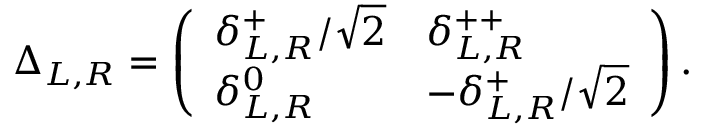
\Delta _ { L , R } = \left( \begin{array} { l l } { { \delta _ { L , R } ^ { + } / \sqrt { 2 } } } & { { \delta _ { L , R } ^ { + + } } } \\ { { \delta _ { L , R } ^ { 0 } } } & { { - \delta _ { L , R } ^ { + } / \sqrt { 2 } } } \end{array} \right) .